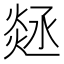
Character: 㷥